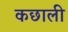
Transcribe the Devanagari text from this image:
कछाली